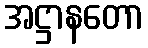
အဋ္ဌာနတော